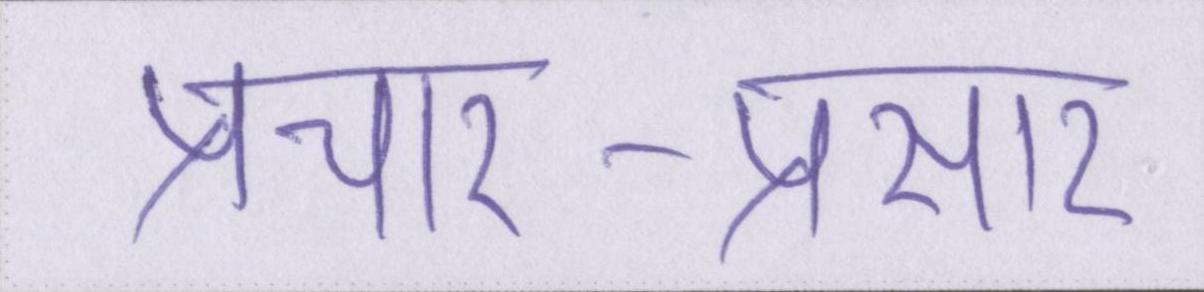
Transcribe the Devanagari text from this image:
प्रचार-प्रसार